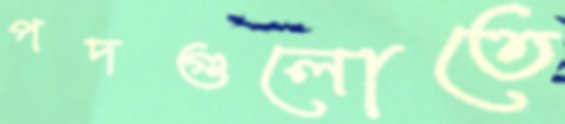
পদগুলোতে